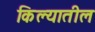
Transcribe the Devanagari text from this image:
किल्यातील